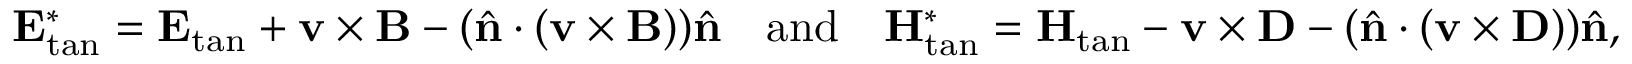
\mathbf { E } _ { \mathrm { t a n } } ^ { * } = \mathbf { E } _ { \mathrm { t a n } } + \mathbf { v } \times \mathbf { B } - ( \hat { \mathbf { n } } \cdot ( \mathbf { v } \times \mathbf { B } ) ) \hat { \mathbf { n } } \quad \mathrm { a n d } \quad \mathbf { H } _ { \mathrm { t a n } } ^ { * } = \mathbf { H } _ { \mathrm { t a n } } - \mathbf { v } \times \mathbf { D } - ( \hat { \mathbf { n } } \cdot ( \mathbf { v } \times \mathbf { D } ) ) \hat { \mathbf { n } } ,